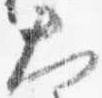
大